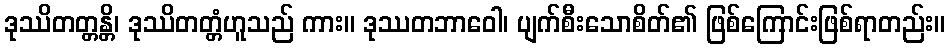
ဒုဿိတတ္တန္တိ၊ ဒုဿိတတ္တံဟူသည် ကား။ ဒုဿတဘာဝေါ၊ ပျက်စီးသောစိတ်၏ ဖြစ်ကြောင်းဖြစ်ရာတည်း။